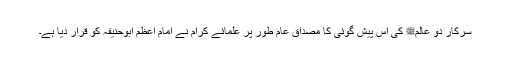
سرکار دو عالمﷺ کی اس پیش گوئی کا مصداق عام طور پر علمائے کرام نے امام اعظم ابوحنیفہؒ کو قرار دیا ہے۔